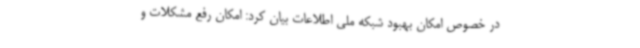
در خصوص امکان بهبود شبکه ملی اطلاعات بیان کرد: امکان رفع مشکلات و